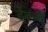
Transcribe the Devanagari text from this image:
हेल्जे